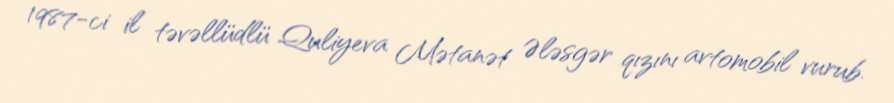
1987-ci il təvəllüdlü Quliyeva Mətanət Ələsgər qızını avtomobil vurub.